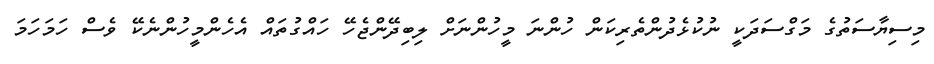
މިސިޔާސަތުގެ މަގްސަދަކީ ނުކުޅެދުންތެރިކަން ހުންނަ މީހުންނަށް ލިބިދޭންޖެހޭ ހައްގުތައް އެހެންމީހުންނެކޭ ވެސް ހަމަހަމަ